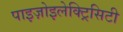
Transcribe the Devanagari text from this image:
पाइज़ोइलेक्ट्रिसिटी